Kassari_(Keina)_vallavalitsus, lk 29
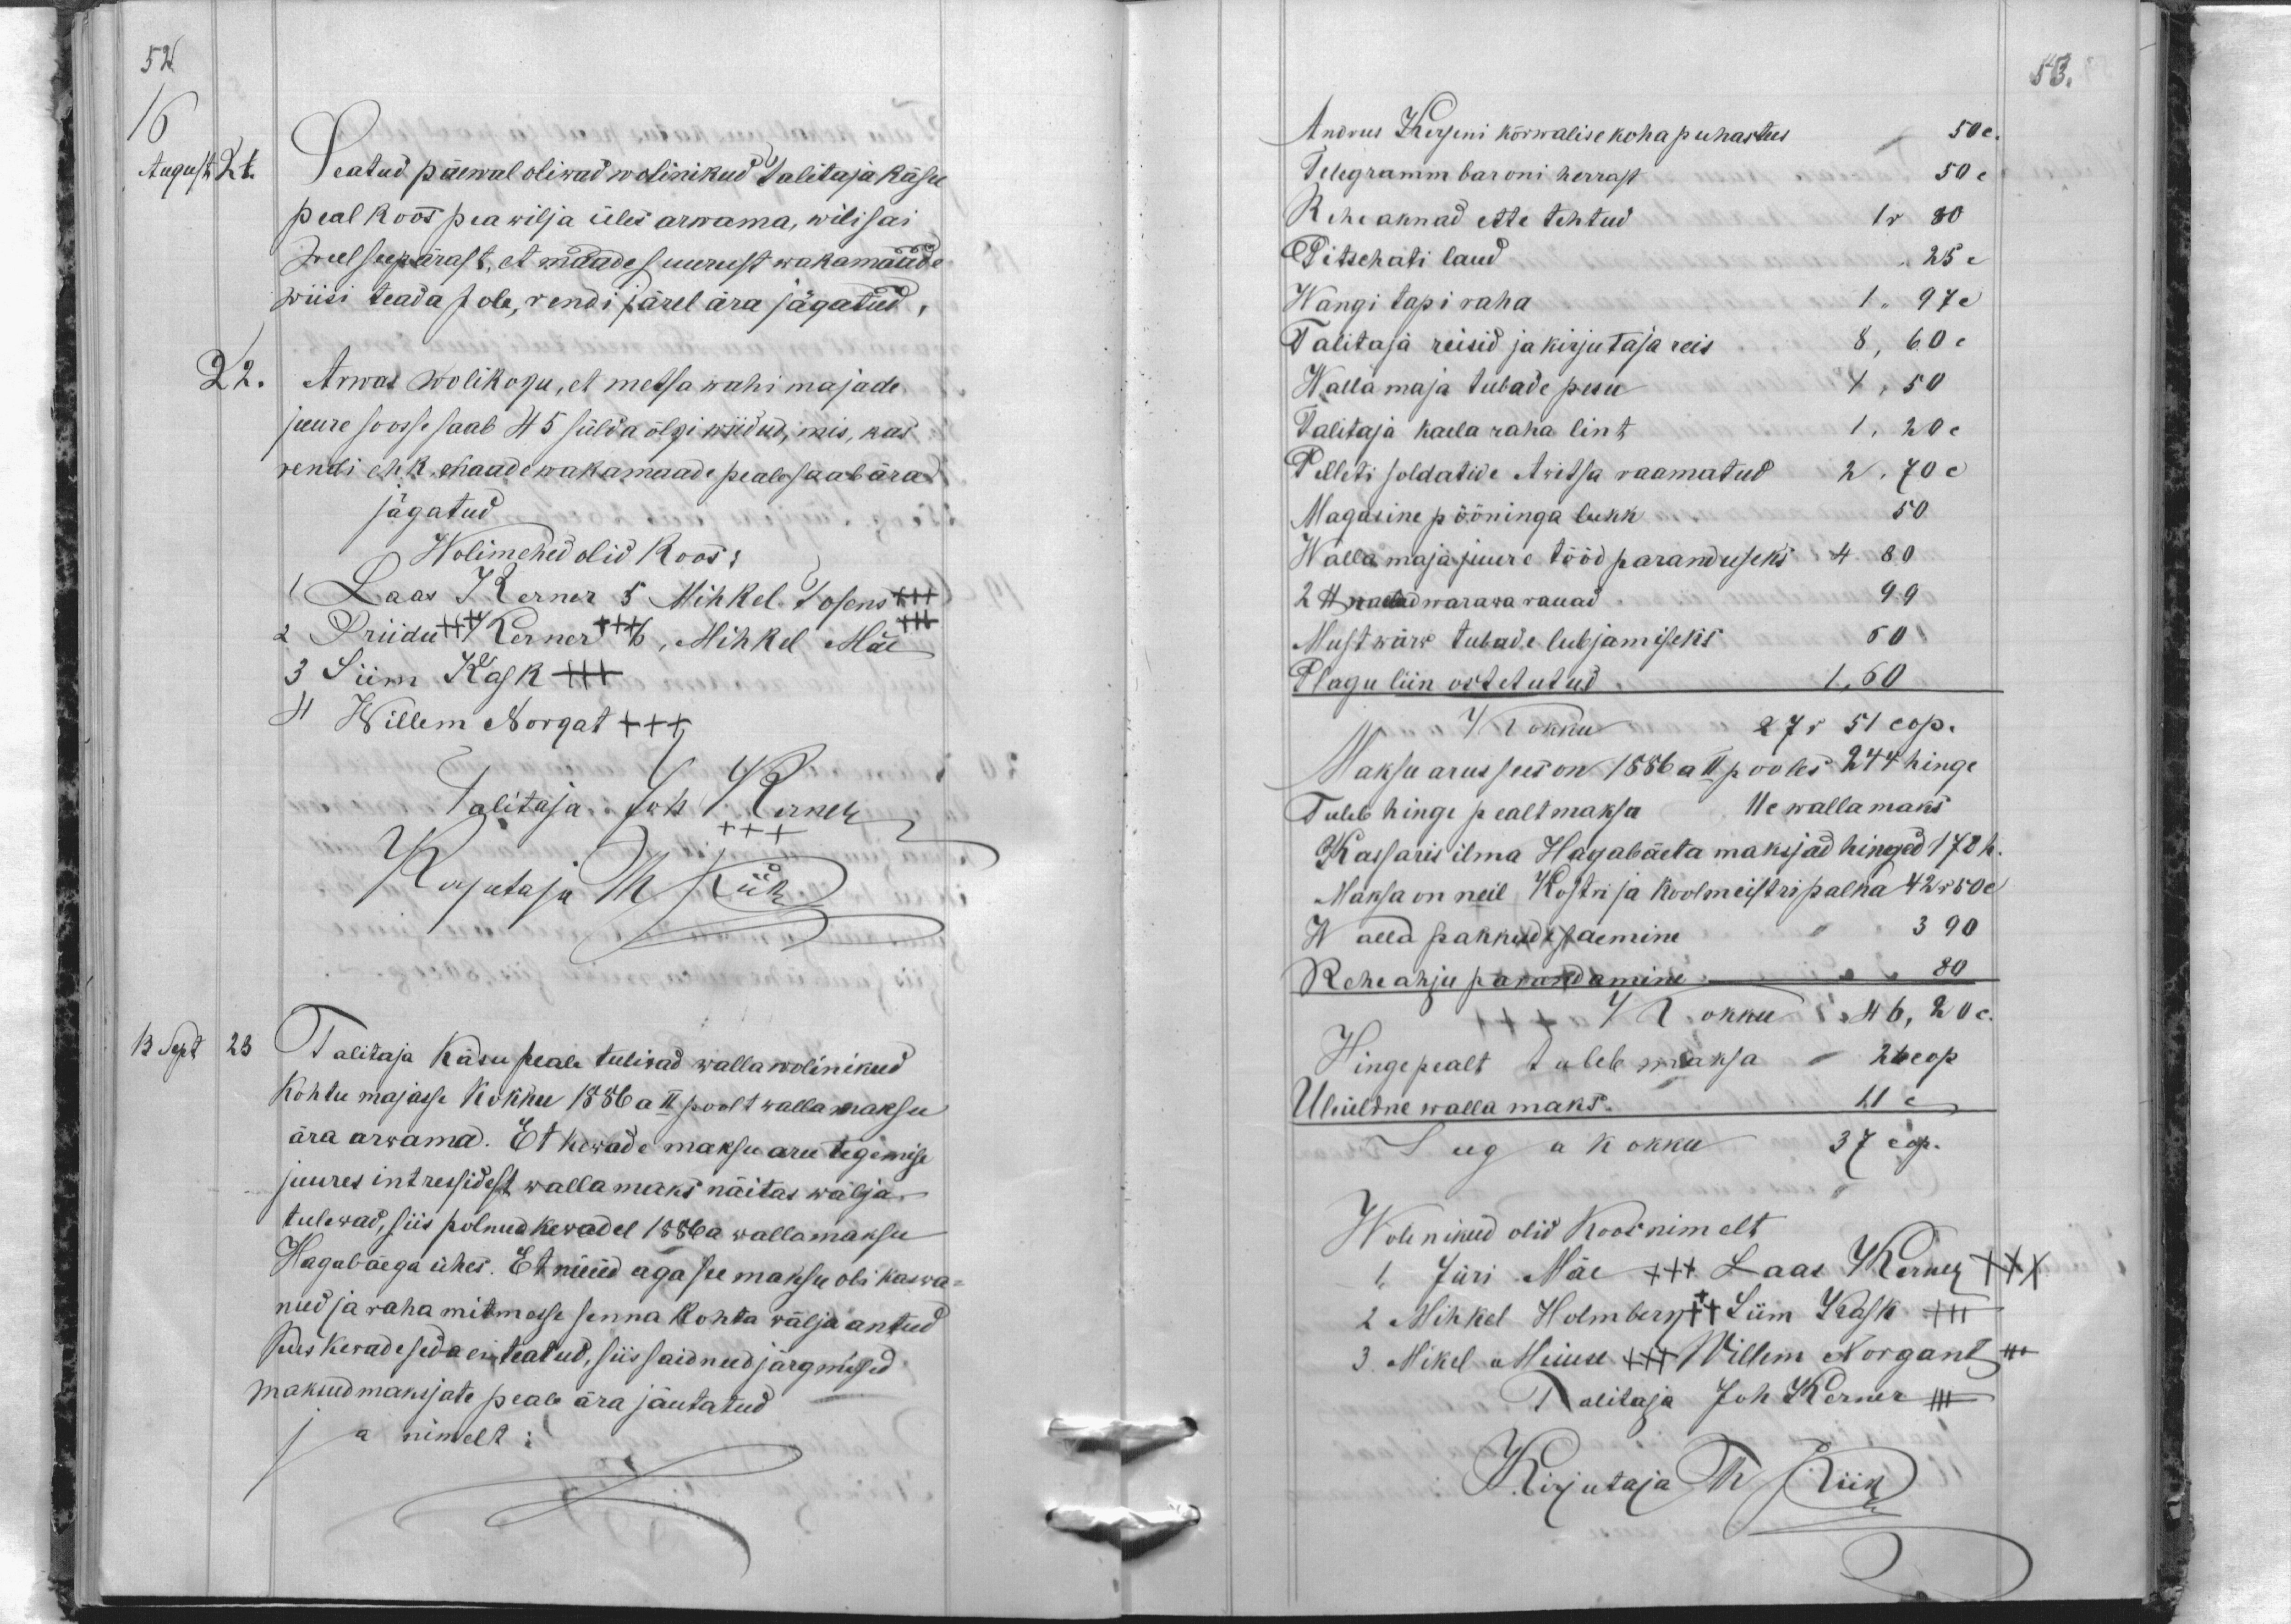
52

August 21
Seatud päewal oliwad wolinikud talitaja käsu
peal koos pea wilja üles arwama, wili sai
weel seepärast, et maade suurust wakamaade
wiisi teada pole, rendi järel ära jägatud,
22.
Arwas Wolikogu, et metsa wahi majade
juure soosse saab 45 sülda õlgi wiidud, mis, kas
rendi ehk maade wakamaade peale saab ära
jagatud.
Wolimehed olid koos:
1 Laas Kerner 5 Mihkel Tosens +++
2 Priidu +++ Kerner +++ 6, Mihkel Mäe
3 Siim Kask +++
4 Willem Norgat +++
Talitaja Joh Kerner
Kirjutaja Th Piik
13 Sept 23
Talitaja Käsu peale tuliwad walla wolinikud
kohtu majasse kokku 1886 a II poolt walla maksu
ära arwama. Et kewade maksu aru tegemise
juures intressidest walla maks näitas wälja
tulewad, siis polnud kewadel 1886 a wallamaksu
Hagabäega ühes. Et nüüd aga see maksu oli kaswa-
nud ja raha mitmesse senna kohta välja antud
Kus kewade seda ei teatud, siis said need järgmised
maksud maksjate peale ära jäutatud
ja nimelt:

53.
Andrus Kerseni kõrwalise koha puhastus 50 c.
Telegramm baroni herrast 50 c
Rehe aknad ette tehtud 1 r 80
Pitschati laud
25 c
Wangi tapi raha 1 " 97 c
Talitaja reisid ja kirjutaja reis 8,60 c
Wallamaja tubade pesu 1,50
Talitaja kaela raha lint 1,20 c
Pelleti soldatide Awitsa raamatud 2,70 c
Magasine pööninga lukk 50
Walla maja juure tööd paranduseks 4 80
24 naela warawa rauad 99
Must wärw tubade lubjamiseks 60
Plagu liin ostetutud 1,60
Kokku 27 r 51 cop.
Maksu arus sees on 1886 a ll pooles 244 hinge
Tuleb hinge pealt maksa 11 c wallamaks
Kassaris ilma Hagabäeta maksjad hinged 170 h.
Maksa on neil Kostri ja koolmeistri palka 42 r 50 c.
Walla pakkude saemine
3 90
80
Reheahju parandamine
Kokku 46,20 c
Hinge pealt tuleb maksa 26 cop
Üleüldne walla maks 11 c
Seega  kokku
37 cop.
Wolinikud olid Koos nimelt
1, Jüri Mäe +++ Laas Kerner XXX
2 Mihkel Holmberg +++ Siim Kask +++
3. Mikel Meius +++ Willem Norgant +++
Talitaja Joh Kerner +++
Kirjutaja Th Piik